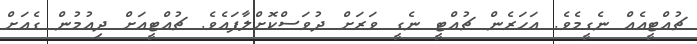
ޗުއްޓީއެއް ނެގީމެވެ. އަހަރެން ޗުއްޓީ ނެގީ ވަރަށް ދުވަސްކޮށްލާފައެވެ. ޗުއްޓީއަށް ދިއުމުން ގެއަށް